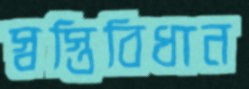
স্বস্তিবিধান